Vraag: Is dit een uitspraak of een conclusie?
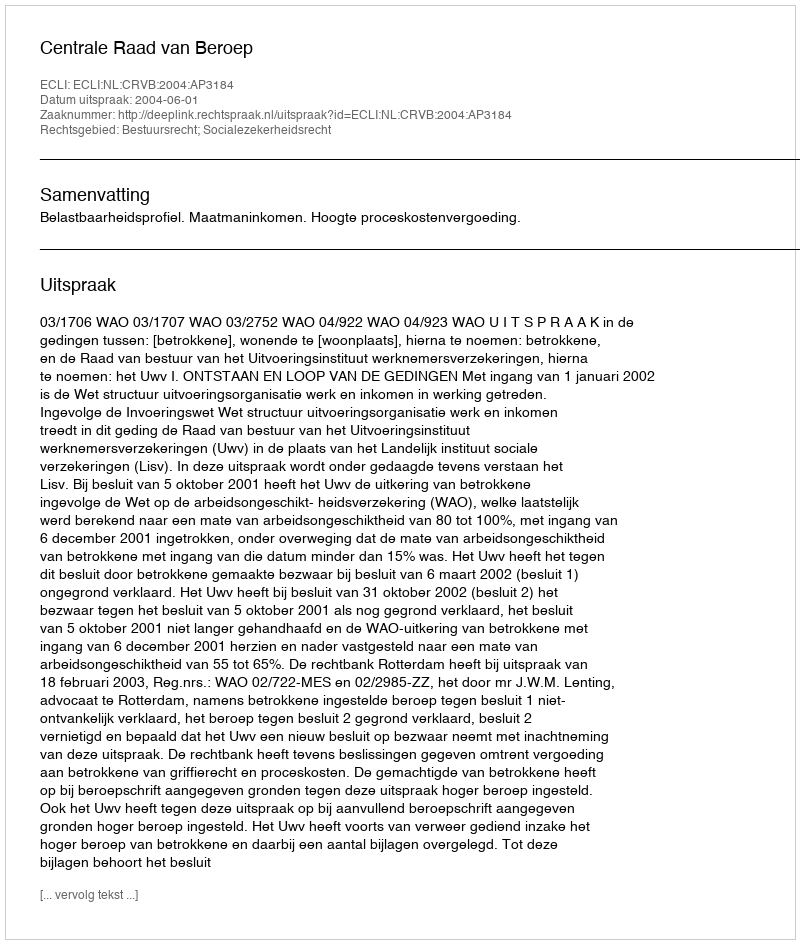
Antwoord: Uitspraak